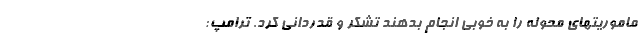
ماموریتهای محوله را به خوبی انجام بدهند تشکر و قدردانی کرد. ترامپ: